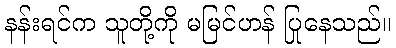
နန်းရင်က သူတို့ကို မမြင်ဟန် ပြုနေသည်။